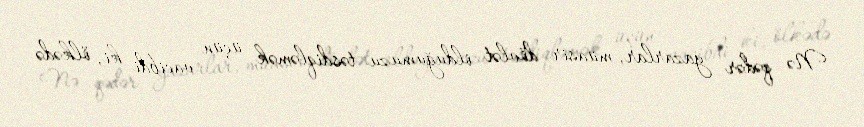
Nə qədər yazarlar, müasir dövlət olduğumuzu təsdiqləmək üçün vacibdi ki, ölkədə